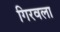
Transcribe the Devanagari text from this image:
गिरवला